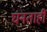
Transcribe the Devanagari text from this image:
घनताही